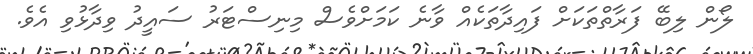
ލޯން ލިބޭ ފަރާތްތަކަށް ފައިދާތަކެއް ވާނެ ކަމަށްވެސް މިނިސްޓަރު ސައީދު ވިދާޅުވި އެވެ.